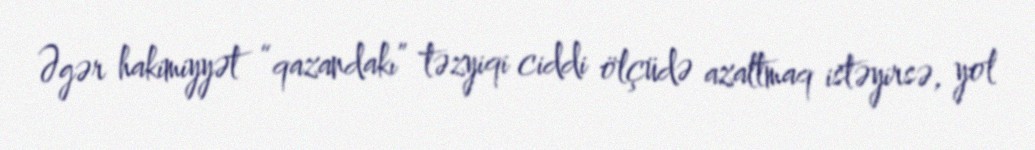
Əgər hakimiyyət “qazandakı” təzyiqi ciddi ölçüdə azaltmaq istəyirsə, yol